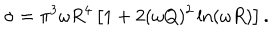
\sigma = \pi ^ { 3 } \omega R ^ { 4 } \left[ 1 + 2 ( \omega Q ) ^ { 2 } \ln ( \omega R ) \right] .